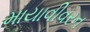
માયાવીવરન